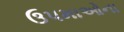
ઉપમાઓના